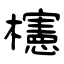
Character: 櫶